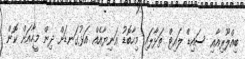
ބިއްލޫރިއާއި ސައިޑް ލައިޓް ތަޅާލައި މިހާބޮޑު އަނިޔާއެއް އަޅުގަނޑަށް ދިން މީހާއަށް ކޮން